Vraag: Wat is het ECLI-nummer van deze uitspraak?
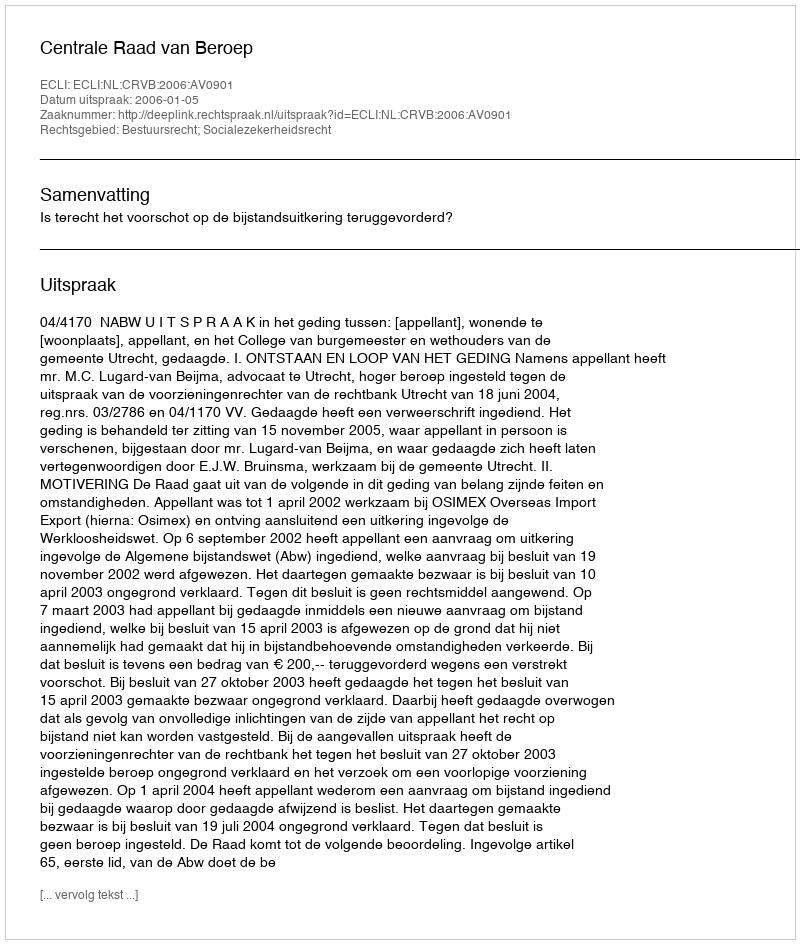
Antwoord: ECLI:NL:CRVB:2006:AV0901